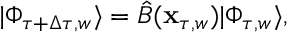
| \Phi _ { \tau + \Delta \tau , w } \rangle = \hat { B } ( \mathbf { x } _ { \tau , w } ) | \Phi _ { \tau , w } \rangle ,